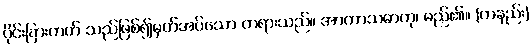
ပိုင်းခြားတတ် သည်ဖြစ်၍မှတ်အပ်သော တရားသည်။ အာကာသဓာတု၊ မည်၏။ (တနည်း)